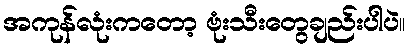
အကုန်လုံးကတော့ ဗုံးသီးတွေချည်းပါပဲ။